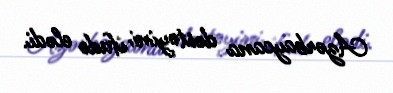
Azərbaycana dəstəyini ifadə elədi.